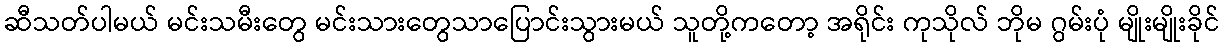
ဆီသတ်ပါမယ် မင်းသမီးတွေ မင်းသားတွေသာပြောင်းသွားမယ် သူတို့ကတော့ အရိုင်း ကုသိုလ် ဘိုမ ဂွမ်းပုံ မျိုးမျိုးခိုင်